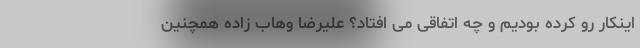
اینکار رو کرده بودیم و چه اتفاقی می افتاد؟ علیرضا وهاب زاده همچنین